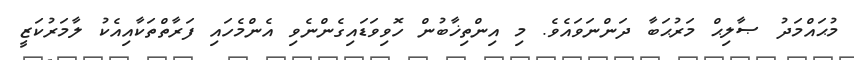
މުޙައްމަދު ޞާލިޙް މަރުޙަބާ ދަންނަވައެވެ. މި އިންތިޚާބުން ހޮވިވަޑައިގެންނެވި އެންމެހައި ފަރާތްތަކާއިއެކު ލާމަރުކަޒީ